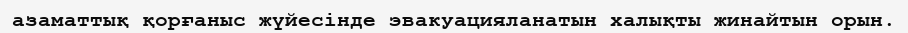
азаматтық қорғаныс жүйесінде эвакуацияланатын халықты жинайтын орын.